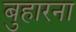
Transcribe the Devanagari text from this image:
बुहारना